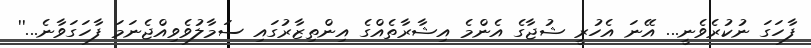
ފާހަގަ ނުކުރެވެނީ... އޭނަ އެހުރީ ޝުޖާގެ އެންމެ އިޝާރާތެއްގެ އިންތިޒާރުގައި ސަމާލުވެވިއްޖެނަމަ ފާހަގަވާނެ...''